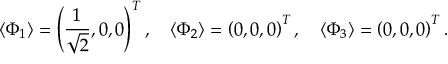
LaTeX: \langle \Phi _ { 1 } \rangle = \left( \frac { 1 } { \sqrt { 2 } } , 0 , 0 \right) ^ { T } , \quad \langle \Phi _ { 2 } \rangle = \left( 0 , 0 , 0 \right) ^ { T } , \quad \langle \Phi _ { 3 } \rangle = \left( 0 , 0 , 0 \right) ^ { T } .